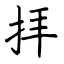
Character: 拝